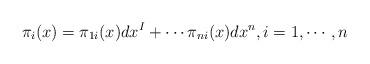
LaTeX: \begin{align*}\pi_i(x) = \pi_{1i}(x) dx^I + \cdots \pi_{ni}(x) dx^n, i=1, \cdots, n\end{align*}